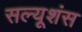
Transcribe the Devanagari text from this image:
सल्यूशंस